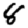
Digit: 8